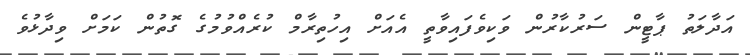
އަދާލަތު ޕާޓީން ސަރުކާރުން ވަކިވެފައިވާތީ އެއަށް އިހުތިރާމް ކުރެއްވުމުގެ ގޮތުން ކަމަށް ވިދާޅުވެ